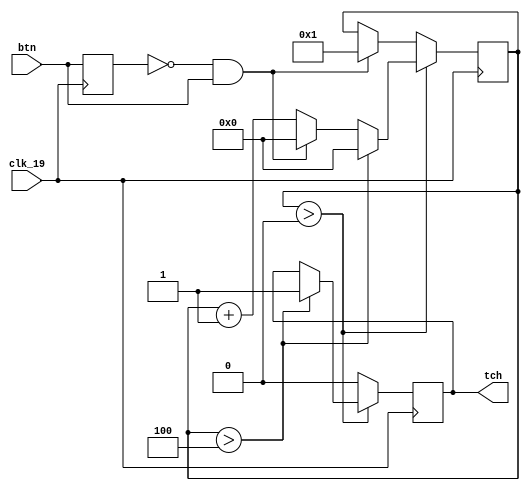
`timescale 1ns / 1ps
//////////////////////////////////////////////////////////////////////////////////
// Company: 
// Engineer: 
// 
// Design Name: 
// Module Name: wam_tch
// Project Name: 
// Target Devices: 
// Tool Versions: 
// Description: 
// 
// Dependencies: 
// 
// Revision:
// Revision 0.01 - File Created
// Additional Comments:
// 
//////////////////////////////////////////////////////////////////////////////////


module wam_tch (            // input button
    input wire clk_19,
    input wire btn,
    output reg tch              // active high
    );

    reg  btn_pre;               // button last status
    wire btn_edg;               // posedge trigger
    reg  [3:0] btn_cnt;         // counter

    always @(posedge clk_19)    // posedge detection
        btn_pre <= btn;
    assign btn_edg = (~btn_pre) & (btn);

    always @ (posedge clk_19) begin
        if (btn_cnt > 0) begin                  // filtering
            if (btn_cnt > 4'b0100) begin        // stable
                btn_cnt <= 4'b0000;
                tch <= 1;                       // output status
            end
            else begin
                if (btn_edg) begin              // if button then back to idle
                    btn_cnt <= 0;
                end
                else begin                      // count
                    btn_cnt <= btn_cnt + 1;
                end
            end
        end
        else begin                              // idle
            tch <= 0;
            if (btn_edg) begin                  // if button pressed then start filtering
                btn_cnt <= 4'b0001;
            end
        end
    end
endmodule // wam_tch